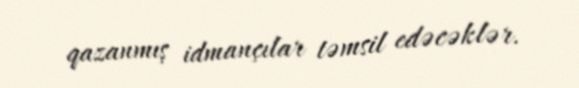
qazanmış idmançılar təmsil edəcəklər.